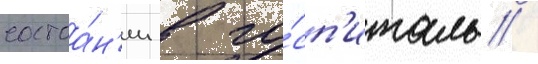
состоа́н'ии в го́сп'италь /